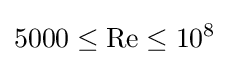
5000\leq \mathrm {Re} \leq 10^{8}